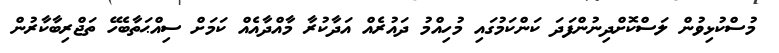
މުސްކުޅިވުން ލަސްކޮށްދިނުންފަދަ ކަންކަމުގައި މުހިއްމު ދައުރެއް އަދާކުރާ މާއްދާއެއް ކަމަށް ސިއްޙަތާބެހޭ ތަޖްރިބާކާރުން